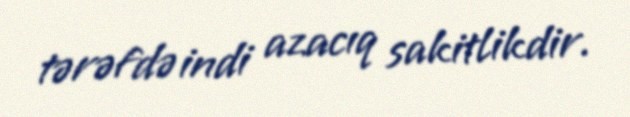
tərəfdə indi azacıq sakitlikdir.